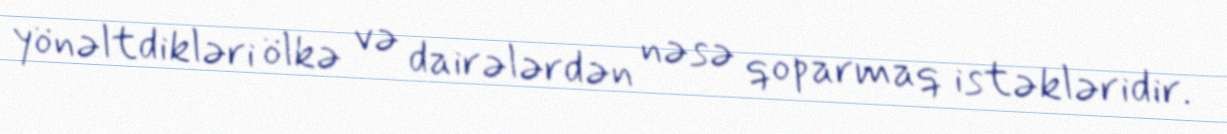
yönəltdikləri ölkə və dairələrdən nəsə qoparmaq istəkləridir.